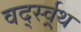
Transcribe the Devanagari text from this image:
वर्द्स्व्र्थ